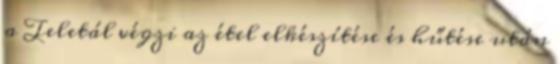
a Teletál végzi az étel elkészítése és hűtése után